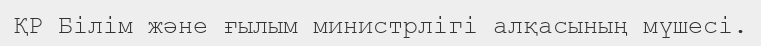
ҚР Білім және ғылым министрлігі алқасының мүшесі.